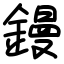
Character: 鏝